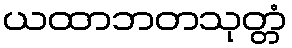
ယထာဘတသုတ္တံ